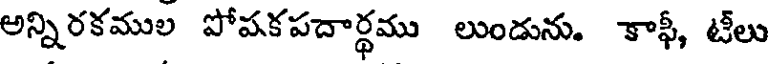
అన్నిరకముల పోపకపదార్థము లుండును. కాఫీ, టీలు